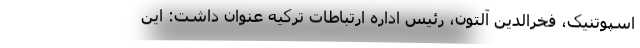
اسپوتنیک، فخرالدین آلتون، رئیس اداره ارتباطات ترکیه عنوان داشت: این